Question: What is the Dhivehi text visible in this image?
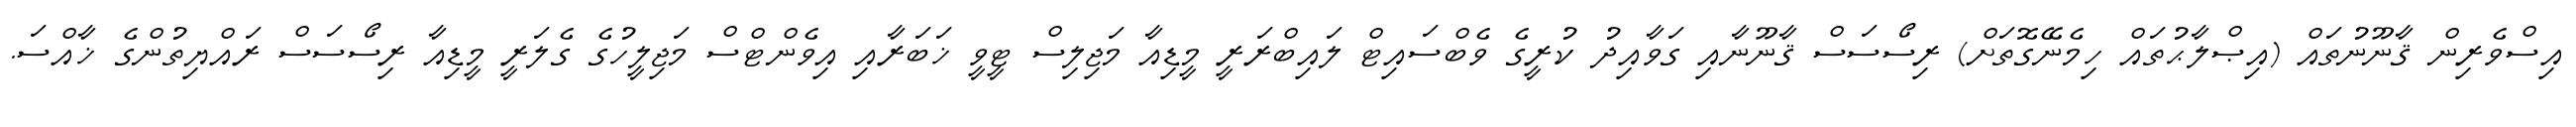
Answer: އިސްވެރިން ޤާނޫނުތައް (އިޞްލާޙުތައް ހިމެނޭގޮތަށް) ރިސޯސަސް ޤާނޫނާއި ގަވާއިދު ކުރީގެ ވެބްސައިޓް ލައިބްރަރީ މީޑިއާ މަޖިލިސް ޓީވީ ޚަބަރާއި އިވެންޓްސް މަޖިލީހުގެ ގެލަރީ މީޑިއާ ރިސޯސަސް ރައްޔިތުންގެ ޚާއްސަ.